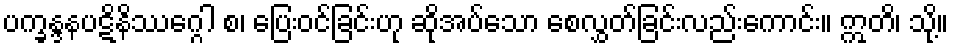
ပက္ခန္ဒနပဋိနိဿဂ္ဂေါ စ၊ ပြေးဝင်ခြင်းဟု ဆိုအပ်သော စေလွှတ်ခြင်းလည်းကောင်း။ ဣတိ၊ သို့။